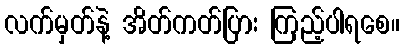
လက်မှတ်နဲ့ အိတ်ကတ်ပြား ကြည့်ပါရစေ။